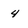
Character: 4